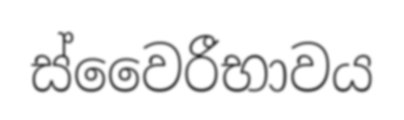
ස්වෛරීභාවය